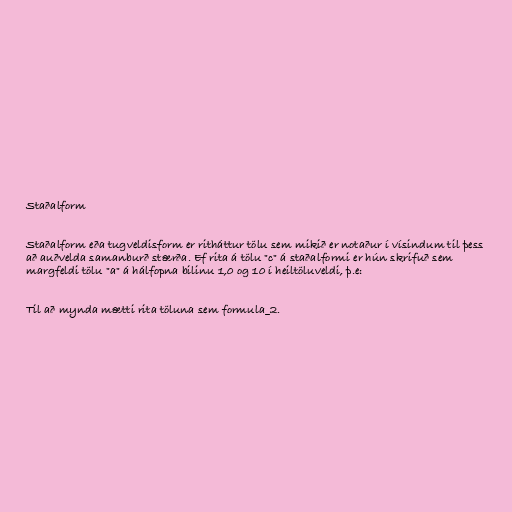
Staðalform

Staðalform eða tugveldisform er ritháttur tölu sem mikið er notaður í vísindum til þess
að auðvelda samanburð stærða. Ef rita á tölu "c" á staðalformi er hún skrifuð sem
margfeldi tölu "a" á hálfopna bilinu 1,0 og 10 í heiltöluveldi, þ.e:

Til að mynda mætti rita töluna sem formula_2.